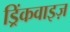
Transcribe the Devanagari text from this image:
ड्रिंकवाइज़